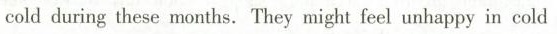
cold during these months. They might feel unhappy in cold